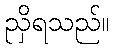
ညှိရသည်။